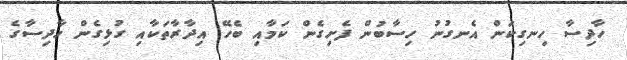
ހާދިސާ ހިނގިކަން އެނގުނު ހިސާބުން ފެށިގެން ކަމާއި ބެހޭ އިދާރާތަކާއި ގުޅިގެން ހާދިސާގެ